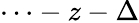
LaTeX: \cdots-z-\Delta